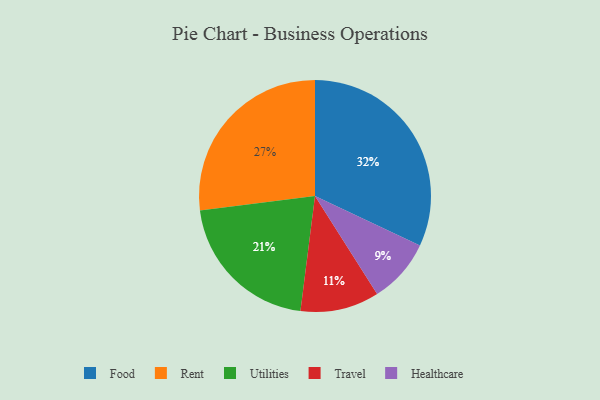
{"axis": {"x": "Category", "y": "Percentage"}, "legend": ["Food", "Healthcare", "Rent", "Travel", "Utilities"], "data": [{"x": "Travel", "y": 11, "type": "Travel"}, {"x": "Utilities", "y": 21, "type": "Utilities"}, {"x": "Food", "y": 32, "type": "Food"}, {"x": "Rent", "y": 27, "type": "Rent"}, {"x": "Healthcare", "y": 9, "type": "Healthcare"}]}